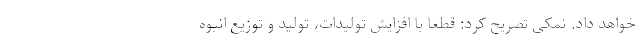
خواهد داد. نمکی تصریح کرد: قطعا با افزایش تولیدات، تولید و توزیع انبوه